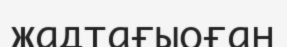
жадтағыоған